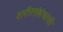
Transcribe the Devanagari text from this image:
शरीरसंबंधांची